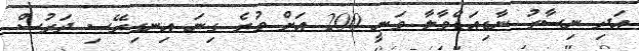
އަދި ނިސާރު ނާޑިއަޑްވާލާ ވަނީ 200 އަށް ވުރެ ގިނަ އިނގިރޭސި ދަރުސް